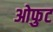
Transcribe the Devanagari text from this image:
ओफुट